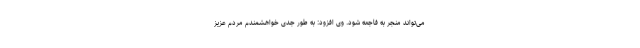
می‌تواند منجر به فاجعه شود. وی افزود: به طور جدی خواهشمندم مردم عزیز